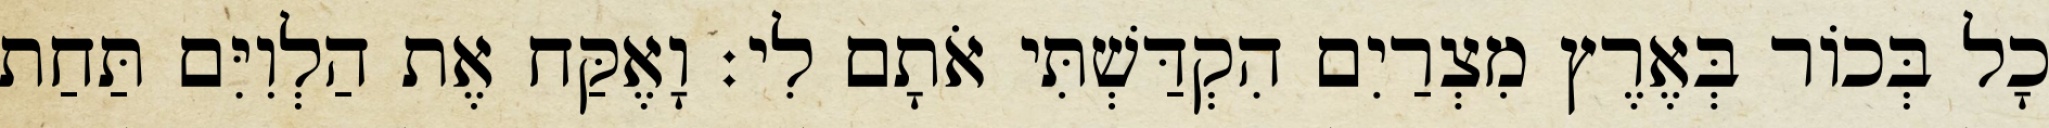
כָל בְּכוֹר בְּאֶרֶץ מִצְרַיִם הִקְדַּשְׁתִּי אֹתָם לִי׃ וָאֶקַּח אֶת הַלְוִיִּם תַּחַת